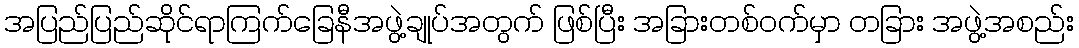
အပြည်ပြည်ဆိုင်ရာကြက်ခြေနီအဖွဲ့ချုပ်အတွက် ဖြစ်ပြီး အခြားတစ်ဝက်မှာ တခြား အဖွဲ့အစည်း